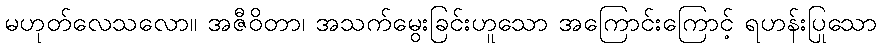
မဟုတ်လေသလော။ အဇီဝိတာ၊ အသက်မွေးခြင်းဟူသော အကြောင်းကြောင့် ရဟန်းပြုသော